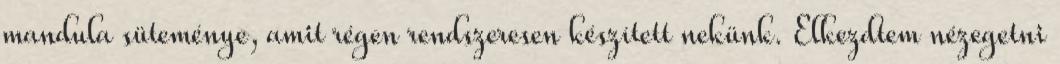
mandula süteménye, amit régen rendszeresen készített nekünk. Elkezdtem nézegetni